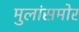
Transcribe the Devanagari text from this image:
मुलांसमोर